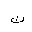
Letter: _tha